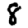
Digit: 8